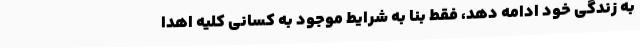
به زندگی خود ادامه دهد، فقط بنا به شرایط موجود به کسانی کلیه اهدا